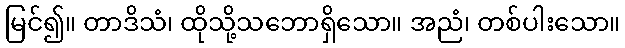
မြင်၍။ တာဒိသံ၊ ထိုသို့သဘောရှိသော။ အညံ၊ တစ်ပါးသော။